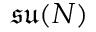
\mathfrak { s u } ( N )